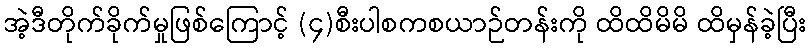
အဲ့ဒီတိုက်ခိုက်မှုဖြစ်ကြောင့် (၄)စီးပါစကစယာဉ်တန်းကို ထိထိမိမိ ထိမှန်ခဲ့ပြီး